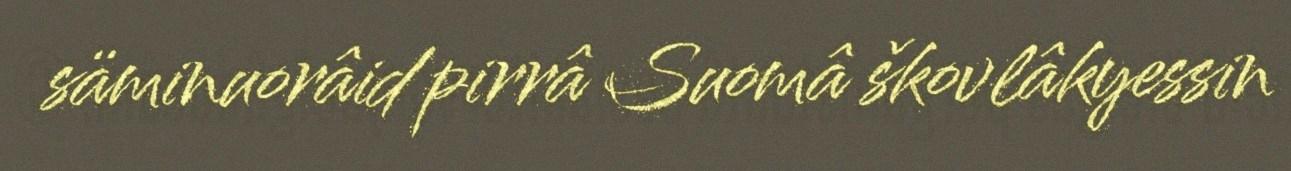
säminuorâid pirrâ Suomâ škovlâkyessin